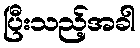
ပြီးသည့်အခါ